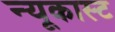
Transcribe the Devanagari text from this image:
न्यूकास्ट